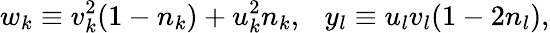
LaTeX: w_{k}\equiv v_{k}^{2}(1-n_{k})+u_{k}^{2}n_{k},~~~y_{l}\equiv u_{l}v_{l}(1-2n_{l}),